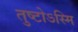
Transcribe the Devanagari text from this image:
तुष्टोऽस्मि